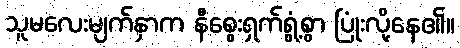
သူမလေးမျက်နှာက နီစွေးရှက်ရွံ့စွာ ပြုံးလို့နေ၏။